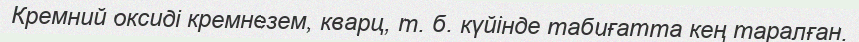
Кремний оксиді кремнезем, кварц, т. б. күйінде табиғатта кең таралған.